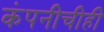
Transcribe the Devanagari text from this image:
कंपनीचीही